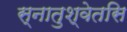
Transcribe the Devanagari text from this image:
स्नातुश्वेतसि